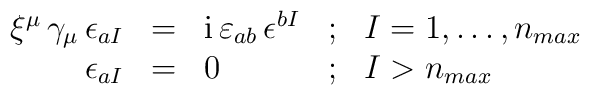
\begin{array}{rclcl}\xi^\mu \, \gamma_\mu \,\epsilon_{aI} &=& \mbox{\rm i}\, \varepsilon_{ab}\,  \epsilon^{bI}   & ; &   I=1,\dots,n_{max}\\\epsilon_{aI} &=& 0  &;&   I > n_{max} \\\end{array}